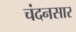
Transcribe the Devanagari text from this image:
चंदनसार